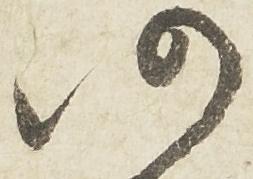
仍